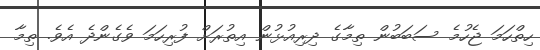
ހިތްހަމަ ޖެހުމެ ސަބަބުން ތިމާގެ ދިރިއުޅުން އިތުރަށް ފުރިހަމަ ވެގެންދެ އެވެ. ތިމާ